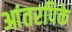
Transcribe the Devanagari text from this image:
आंतरपिके